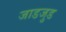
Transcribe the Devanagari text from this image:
जाडजुड